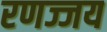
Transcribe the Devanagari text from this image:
रणज्जय